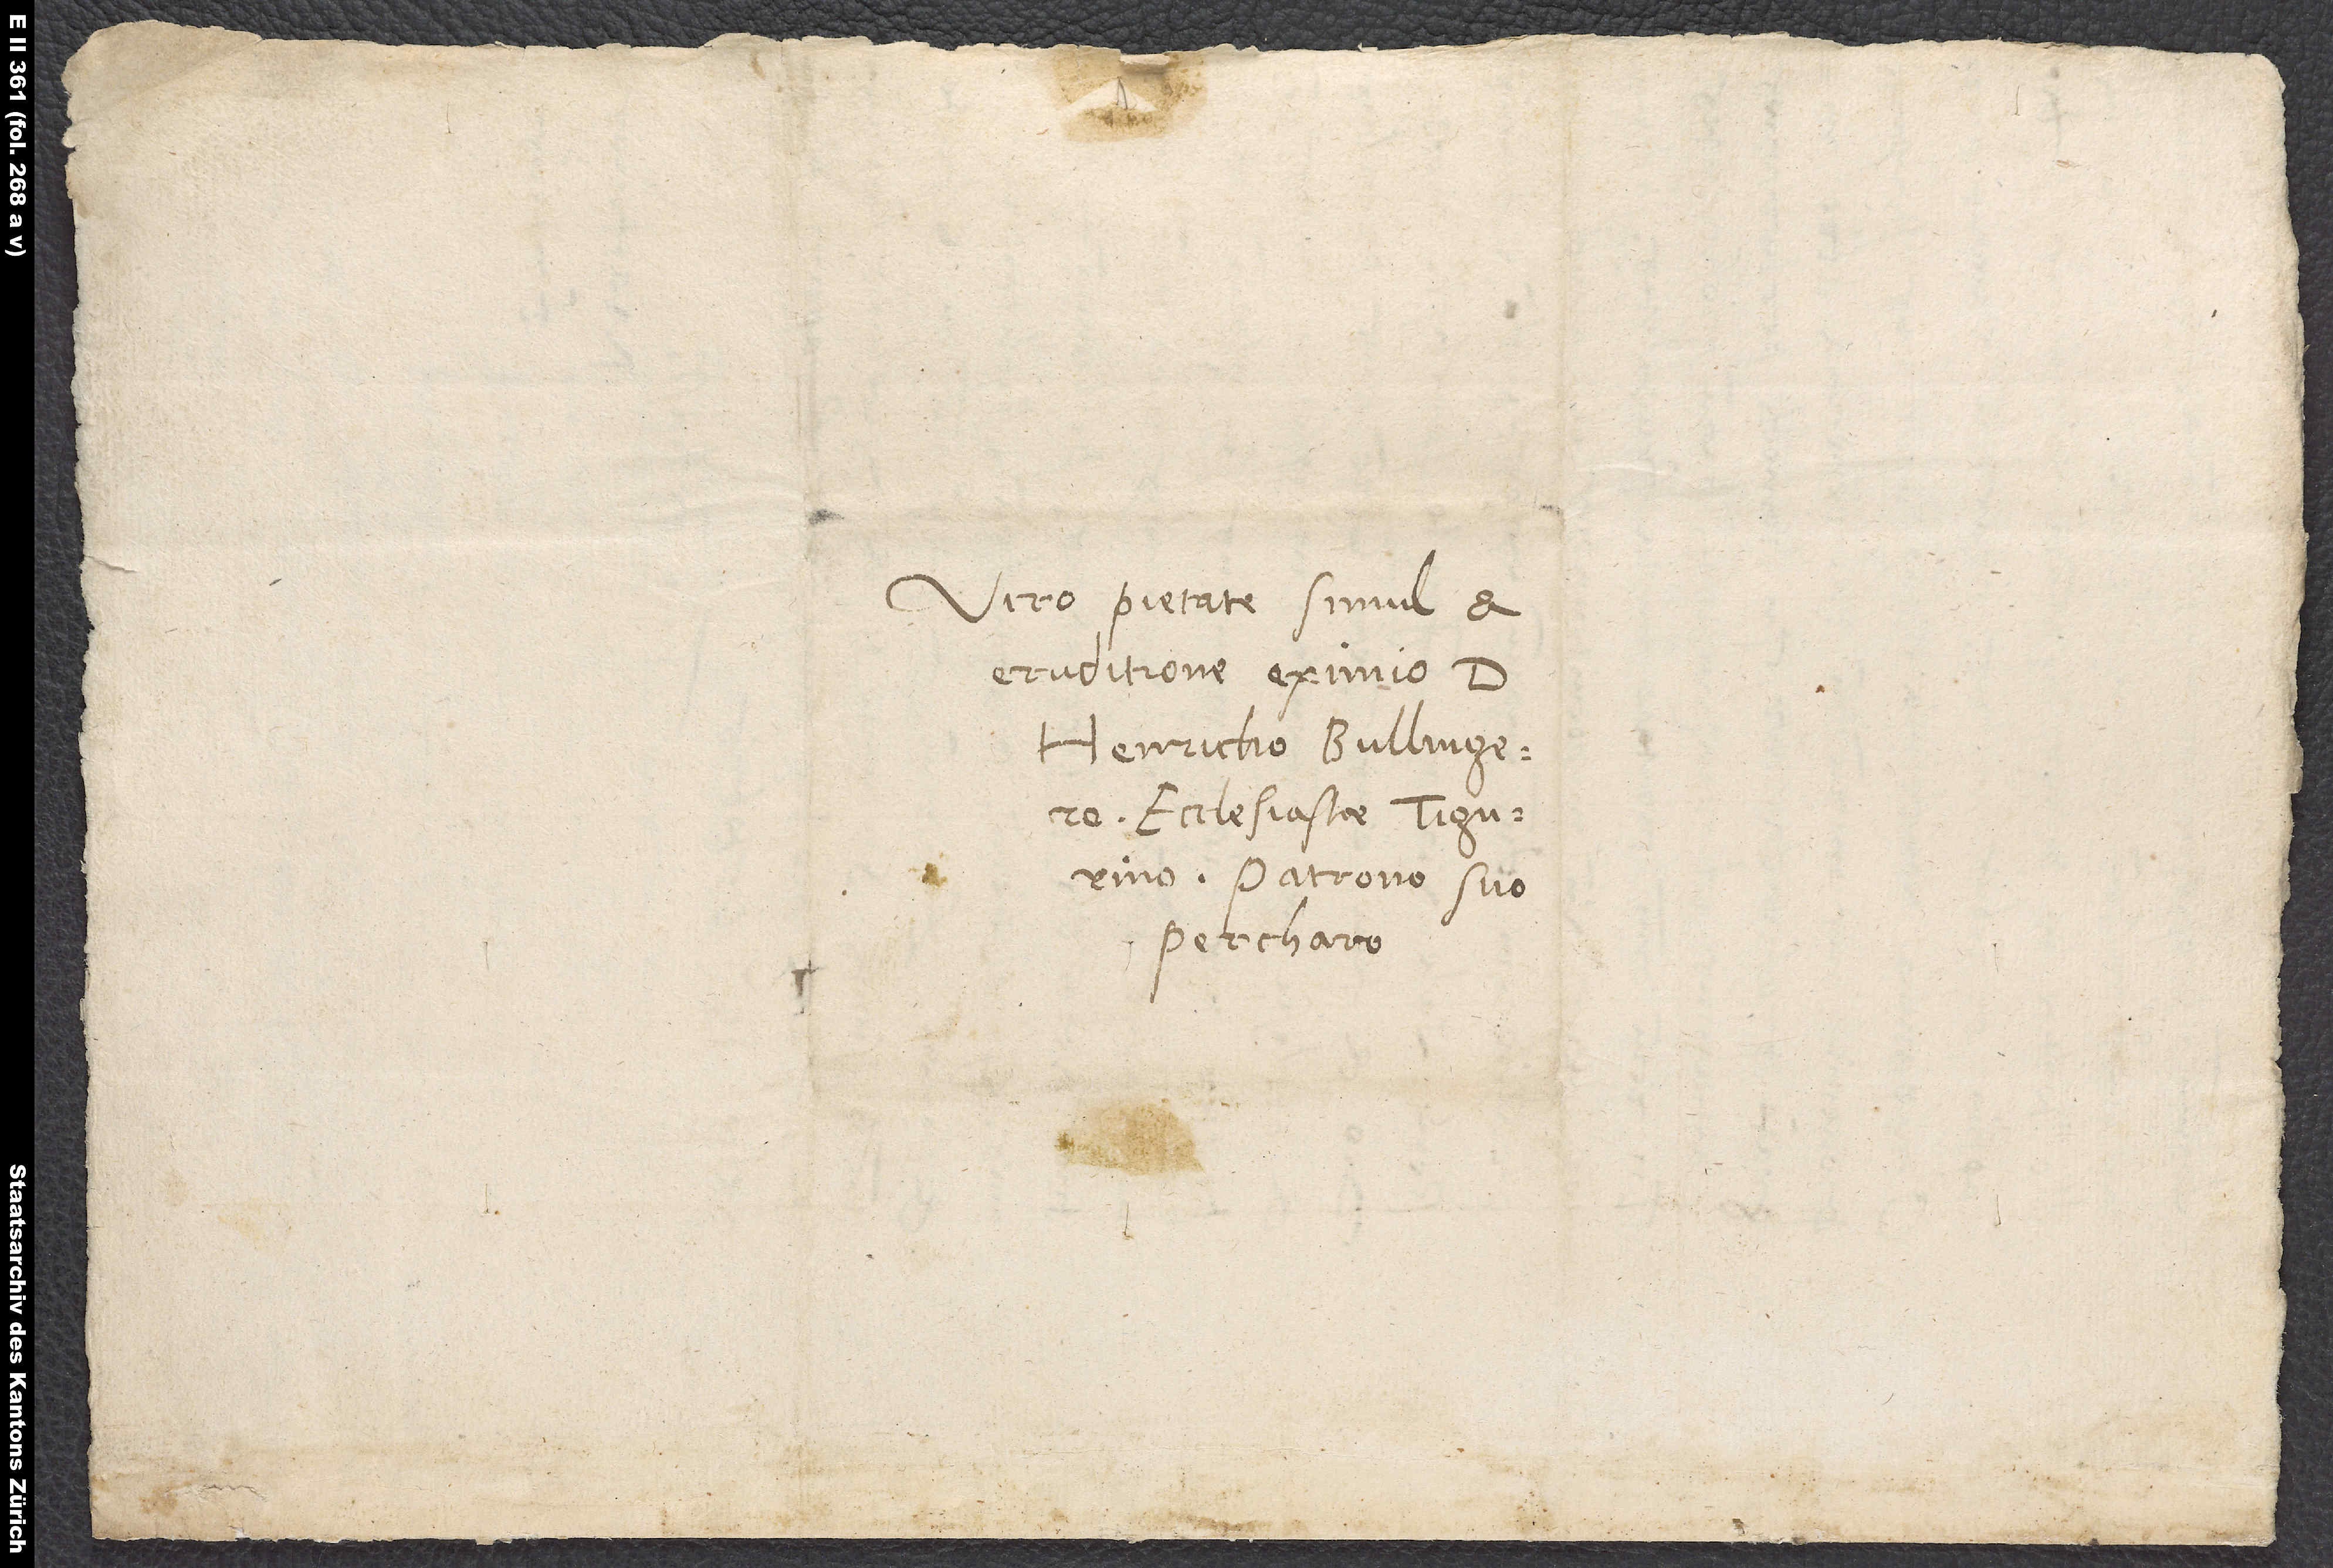
Viro pietate simul et
eruditione eximio d.
Henricho Bullingero,
ecclesiastae Tigurino,
patrono suo
percharo.